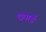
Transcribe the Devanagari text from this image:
छपार्इ